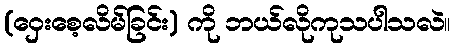
(ဝှေးစေ့လိမ်ခြင်း) ကို ဘယ်လိုကုသပါသလဲ။